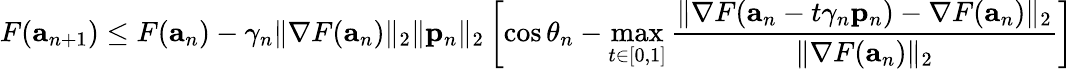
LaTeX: F(\mathbf{a}_{n+1})\leq F(\mathbf{a}_{n})-\gamma_{n}\| \nabla F(\mathbf{a}_{n})\| _{2}\| \mathbf{p}_{n}\| _{2}\left[\cos\theta_{n}-\operatorname*{max}_{t\in[0,1]}{\frac{\| \nabla F(\mathbf{a}_{n}-t\gamma_{n}\mathbf{p}_{n})-\nabla F(\mathbf{a}_{n})\| _{2}}{\| \nabla F(\mathbf{a}_{n})\| _{2}}}\right]